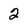
Character: 2